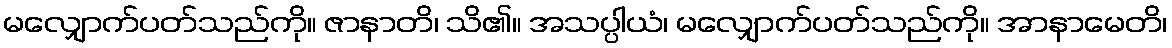
မလျှောက်ပတ်သည်ကို။ ဇာနာတိ၊ သိ၏။ အသပ္ပါယံ၊ မလျှောက်ပတ်သည်ကို။ အာနာမေတိ၊